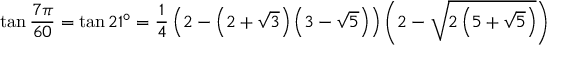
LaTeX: \tan { \frac { 7 \pi } { 6 0 } } = \tan 2 1 ^ { \circ } = { \frac { 1 } { 4 } } \left( 2 - \left( 2 + { \sqrt { 3 } } \right) \left( 3 - { \sqrt { 5 } } \right) \right) \left( 2 - { \sqrt { 2 \left( 5 + { \sqrt { 5 } } \right) } } \right)